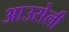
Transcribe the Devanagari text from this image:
आउसेली